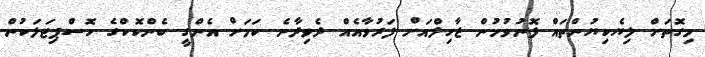
މިގޮތަށް ލިޔެކިޔުންތައް ފޮނުވުމުން ޒާހިލްއަށް ފަރުވާއެއް ދެވިދާނެ ކަަމަށް އެންގީ ބެންކޮކްގެ ހޮސްޕިޓަލަކުން